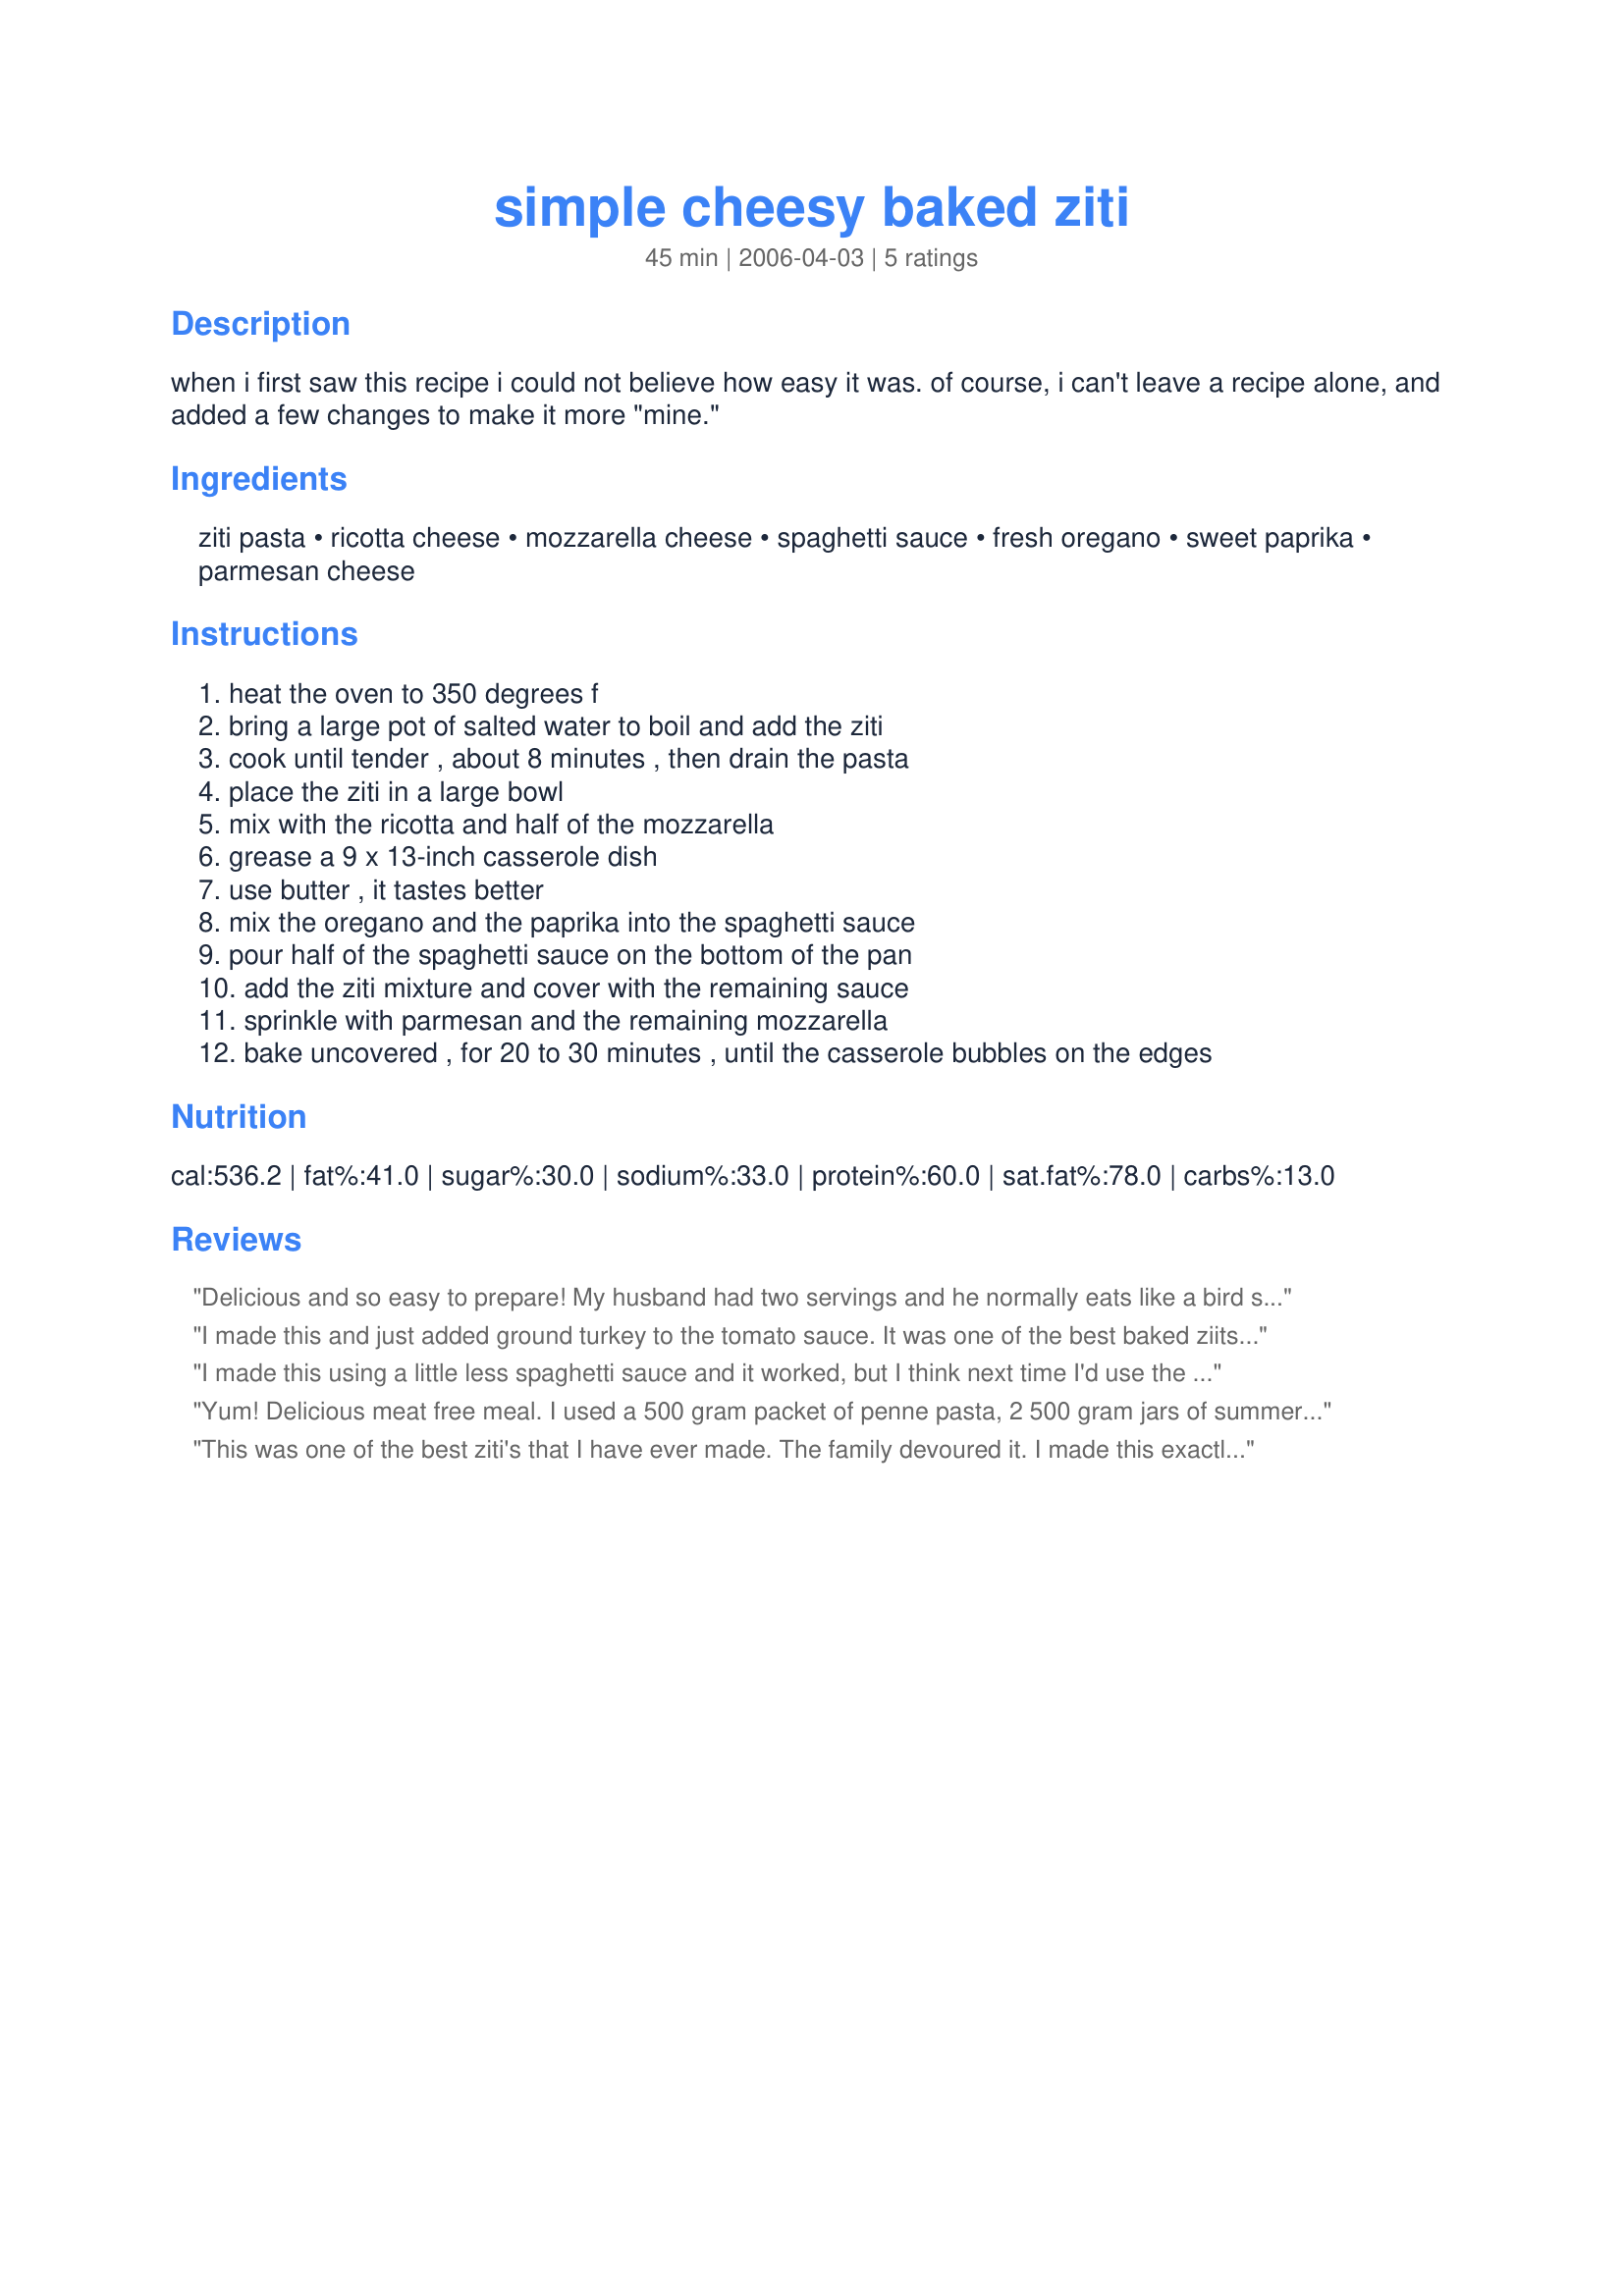
simple cheesy baked ziti
Preparation time: 45 minutes

when i first saw this recipe i could not believe how easy it was. of course, i can't leave a recipe alone, and added a few changes to make it more "mine."

Ingredients:
ziti pasta, ricotta cheese, mozzarella cheese, spaghetti sauce, fresh oregano, sweet paprika, parmesan cheese

Steps:
heat the oven to 350 degrees f, bring a large pot of salted water to boil and add the ziti, cook until tender , about 8 minutes , then drain the pasta, place the ziti in a large bowl, mix with the ricotta and half of the mozzarella, grease a 9 x 13-inch casserole dish, use butter , it tastes better, mix the oregano and the paprika into the spaghetti sauce, pour half of the spaghetti sauce on the bottom of the pan, add the ziti mixture and cover with the remaining sauce, sprinkle with parmesan and the remaining mozzarella, bake uncovered , for 20 to 30 minutes , until the casserole bubbles on the edges

Reviews:
Delicious and so easy to prepare! My husband had two servings and he normally eats like a bird so it must be good!
I made this and just added ground turkey to the tomato sauce. It was one of the best baked ziits I have ever had!
I made this using a little less spaghetti sauce and it worked, but I think next time I'd use the full amount to ensure that all the pasta is covered and doesn't get dried out. It is simple to make and the results were delicious! Thanks for a meal that was enjoyed by all!
Yum! Delicious meat free meal. I used a 500 gram packet of penne pasta, 2 500 gram jars of summer tomato basil pasta sauce and used the same amounts of cheese.
Served with crusty rolls.
Thanks Mirj. :)
This was one of the best ziti's that I have ever made. The family devoured it. I made this exactly as directed and the dish was deliciuos. I served this with garlic bread.
Thanks Mirj for this keeper
